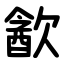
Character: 㱃